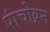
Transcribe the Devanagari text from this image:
पांचोव्रन